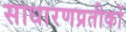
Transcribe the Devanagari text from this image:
साधारणप्रतीकों